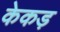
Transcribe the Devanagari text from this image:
केकड़